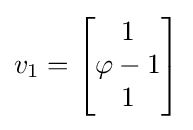
v_{1}=\left[{\begin{matrix}1\\\varphi -1\\1\\\end{matrix}}\right]